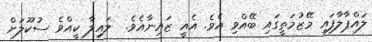
ލައްޕާލާފައި މޭޒުމަތީގައި ބޭއްވި އެވެ. އެއީ ޒައިނާއެވެ.  ލައިލާ ކީއްވެ ސުކޫލަށް